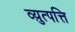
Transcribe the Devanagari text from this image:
व्य़ुत्पत्ति